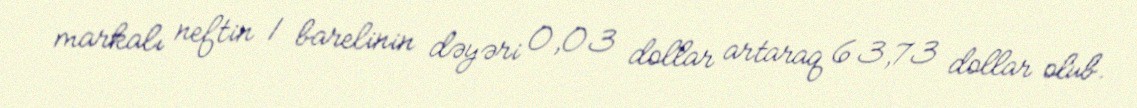
markalı neftin 1 barelinin dəyəri 0,03 dollar artaraq 63,73 dollar olub.